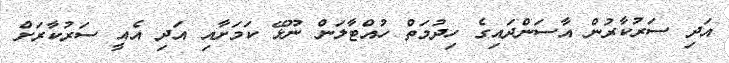
އަދި ސަރުކާރުން އާސަންދައިގެ ހިދުމަތް ހުއްޓާލަން ނޫޅޭ ކަމަށާއި އަދި އެއީ ސަރުކާރަށް